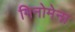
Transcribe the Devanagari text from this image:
मिनोमेना